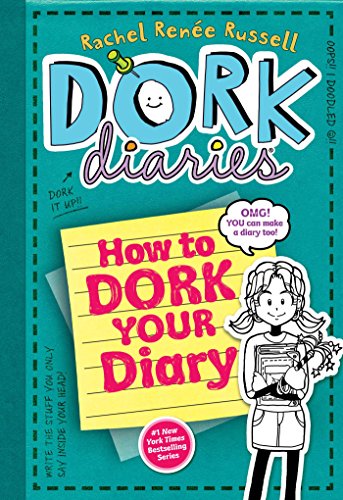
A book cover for Dork Diaries 3 1/2: How to Dork Your Diary; Rachel RenÃ©e Russell; Children's Books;